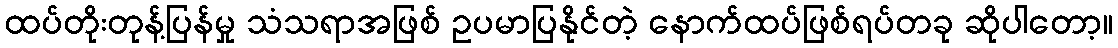
ထပ်တိုးတုန့်ပြန်မှု သံသရာအဖြစ် ဥပမာပြနိုင်တဲ့ နောက်ထပ်ဖြစ်ရပ်တခု ဆိုပါတော့။